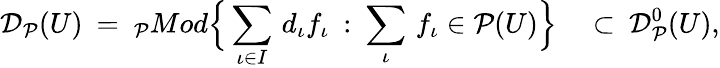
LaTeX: {\cal D}_{\cal P}(U)\: =\: _{\cal P}Mod\Big\{ \sum_{\iota\in I}\, d_{\iota}f_{\iota}\: :\: \sum_{\iota}\, f_{\iota}\in{\cal P}(U)\Big\} \quad\subset\: {\cal D}_{\cal P}^{0}(U),